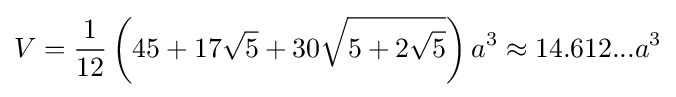
V={\frac {1}{12}}\left(45+17{\sqrt {5}}+30{\sqrt {5+2{\sqrt {5}}}}\right)a^{3}\approx 14.612...a^{3}